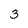
Character: 3